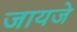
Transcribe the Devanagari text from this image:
जायजे